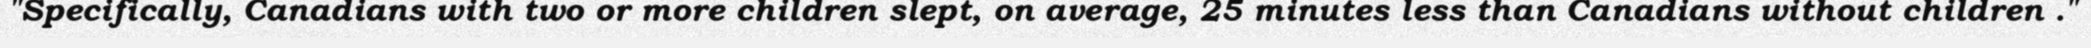
"Specifically, Canadians with two or more children slept, on average, 25 minutes less than Canadians without children ."